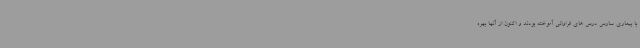
با بیماری سارس درس های فراوانی آموخته بودند و اکنون از آنها بهره